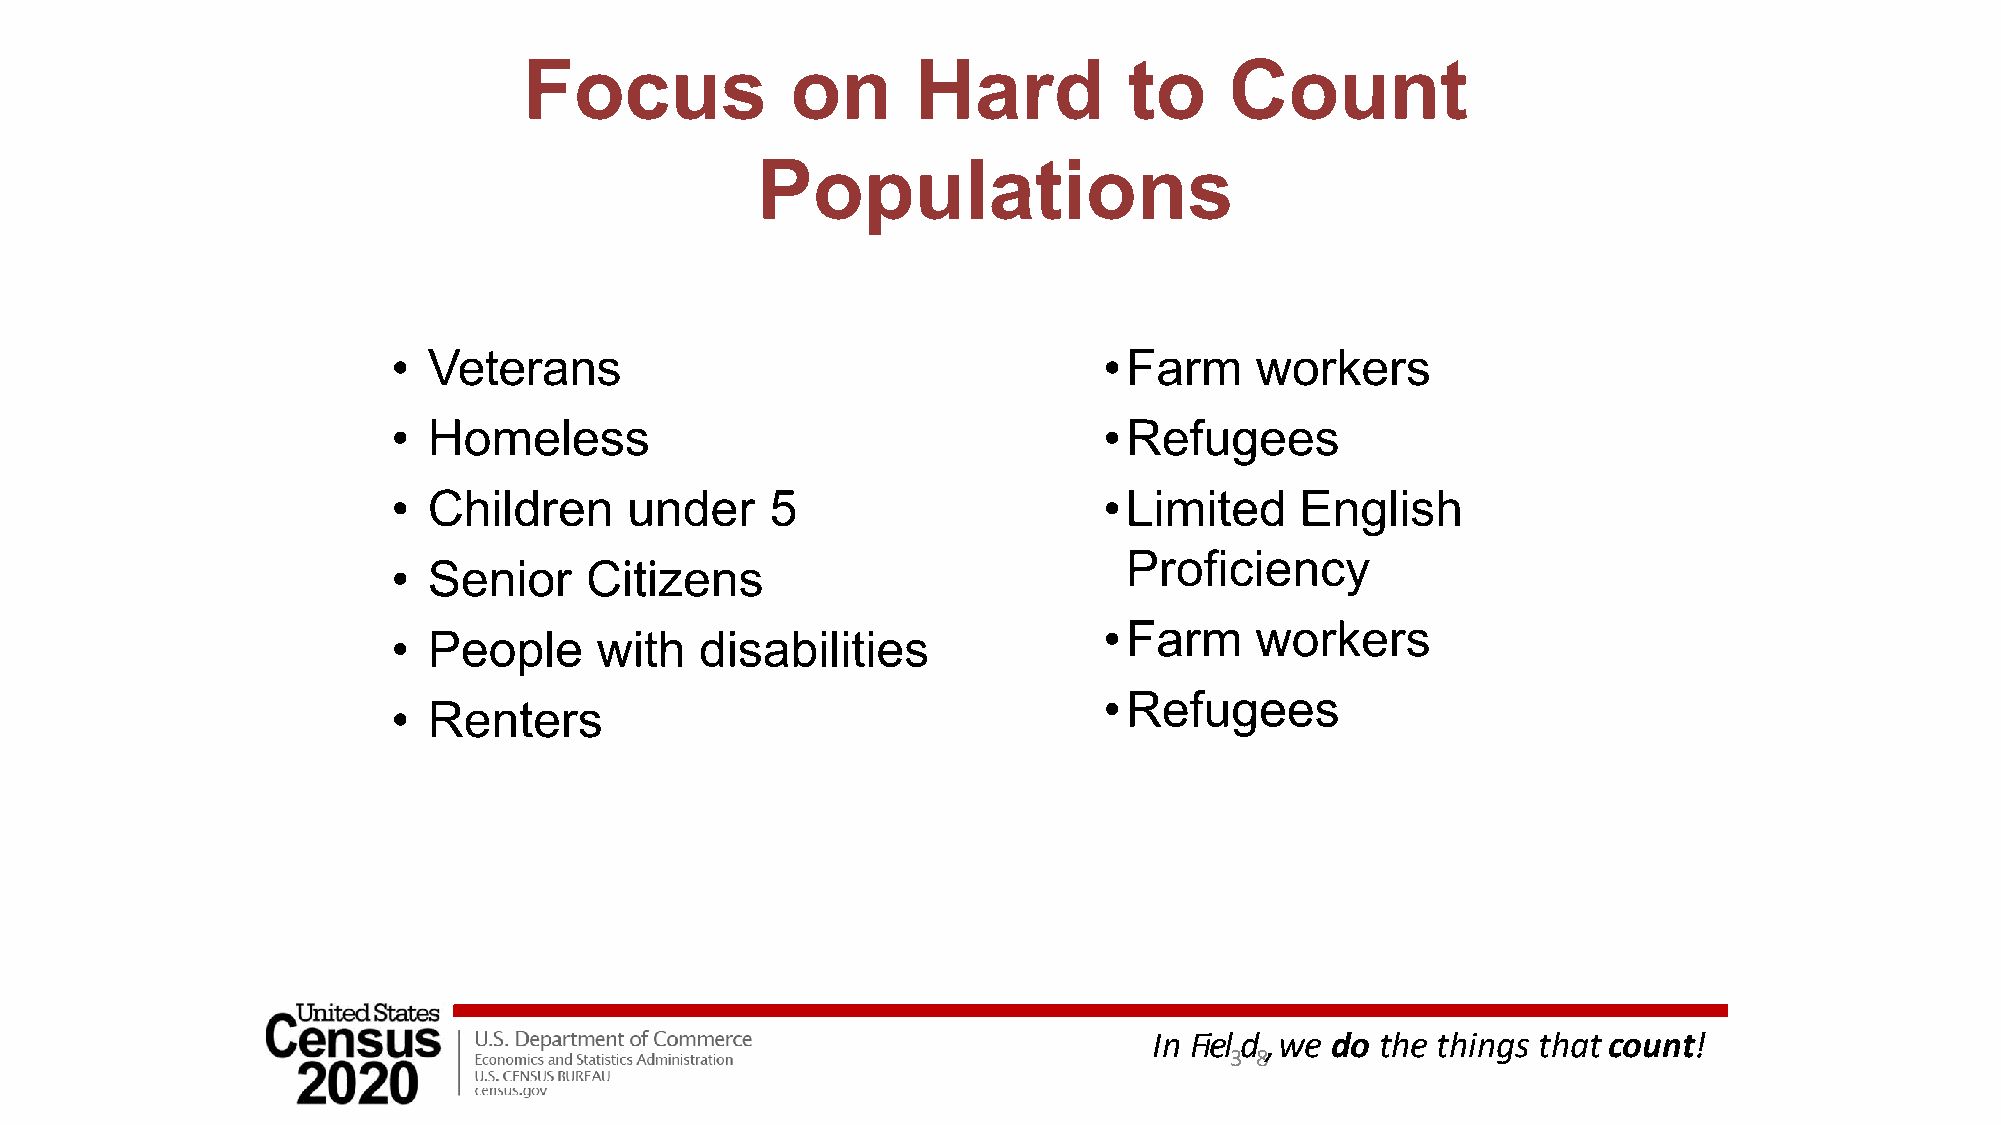
Focus            on       Hard          to    Count
 Populations
 • Veterans                                     •Farm     workers
 • Homeless                                     •Refugees
 • Children      under    5                     •Limited     English
 Proficiency
 • Senior     Citizens
 •Farm     workers
 • People     with   disabilities
 •Refugees
 • Renters
 In Fiel d , we do the things that count!
 3 8